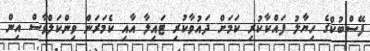
ފޭސްބުކްގެ ހިޔާލު ފައްކާކުރި ކަމަށް ދައުވާކުރި ޓައިލާ އާއި ކެމަރަން ވިންކަލްވާސް އިން